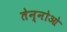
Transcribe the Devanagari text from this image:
तेन्नोओ